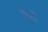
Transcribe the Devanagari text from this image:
भूरो